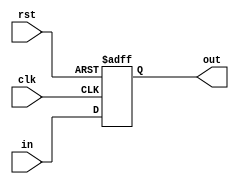
`timescale 1ns / 1ps

/**
 * Madhav Datt
 *
 * MIT License
 * Submodules D Flip-Flop, Multiplexer, Clock Dividor
 */

/**
 * D Fli-Flop Module
 */
module DFF (output reg out,
			input in, clk, rst
			);

	always @ (posedge clk or posedge rst)
	begin
		if (rst == 1'b1)
			out <= 1'b0;
		else
			out <= in;
	end

endmodule

/**
 * Multiplexer Module
 * out = a * ~sel + b * sel
 */
module MUX (output reg out,
			input a,b,sel
		    );

	always @ (sel or a or b)
	begin
		if (sel == 1'b1)
			out = b;
		else
			out = a;
	end

endmodule

/**
 * Clock Dividor
 * Slows clock speed by a factor of 2^20 (~10^6)
 * For 4 MHz clock of FPGA, output will be ~4 Hz
 */
module CLKDiv (output clk_div,
			   input clk, rst
			   );

	reg [19:0] outclk;

	always @ (posedge clk or posedge rst)
	begin
		 if (rst == 1'b1)
			   outclk <= 20'b0;
		 else
			  outclk <= outclk + 1'b1;
	end

    // Give MSB of 20-bit counter
	assign clk_div = outclk[19];
endmodule